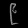
Digit: ၉